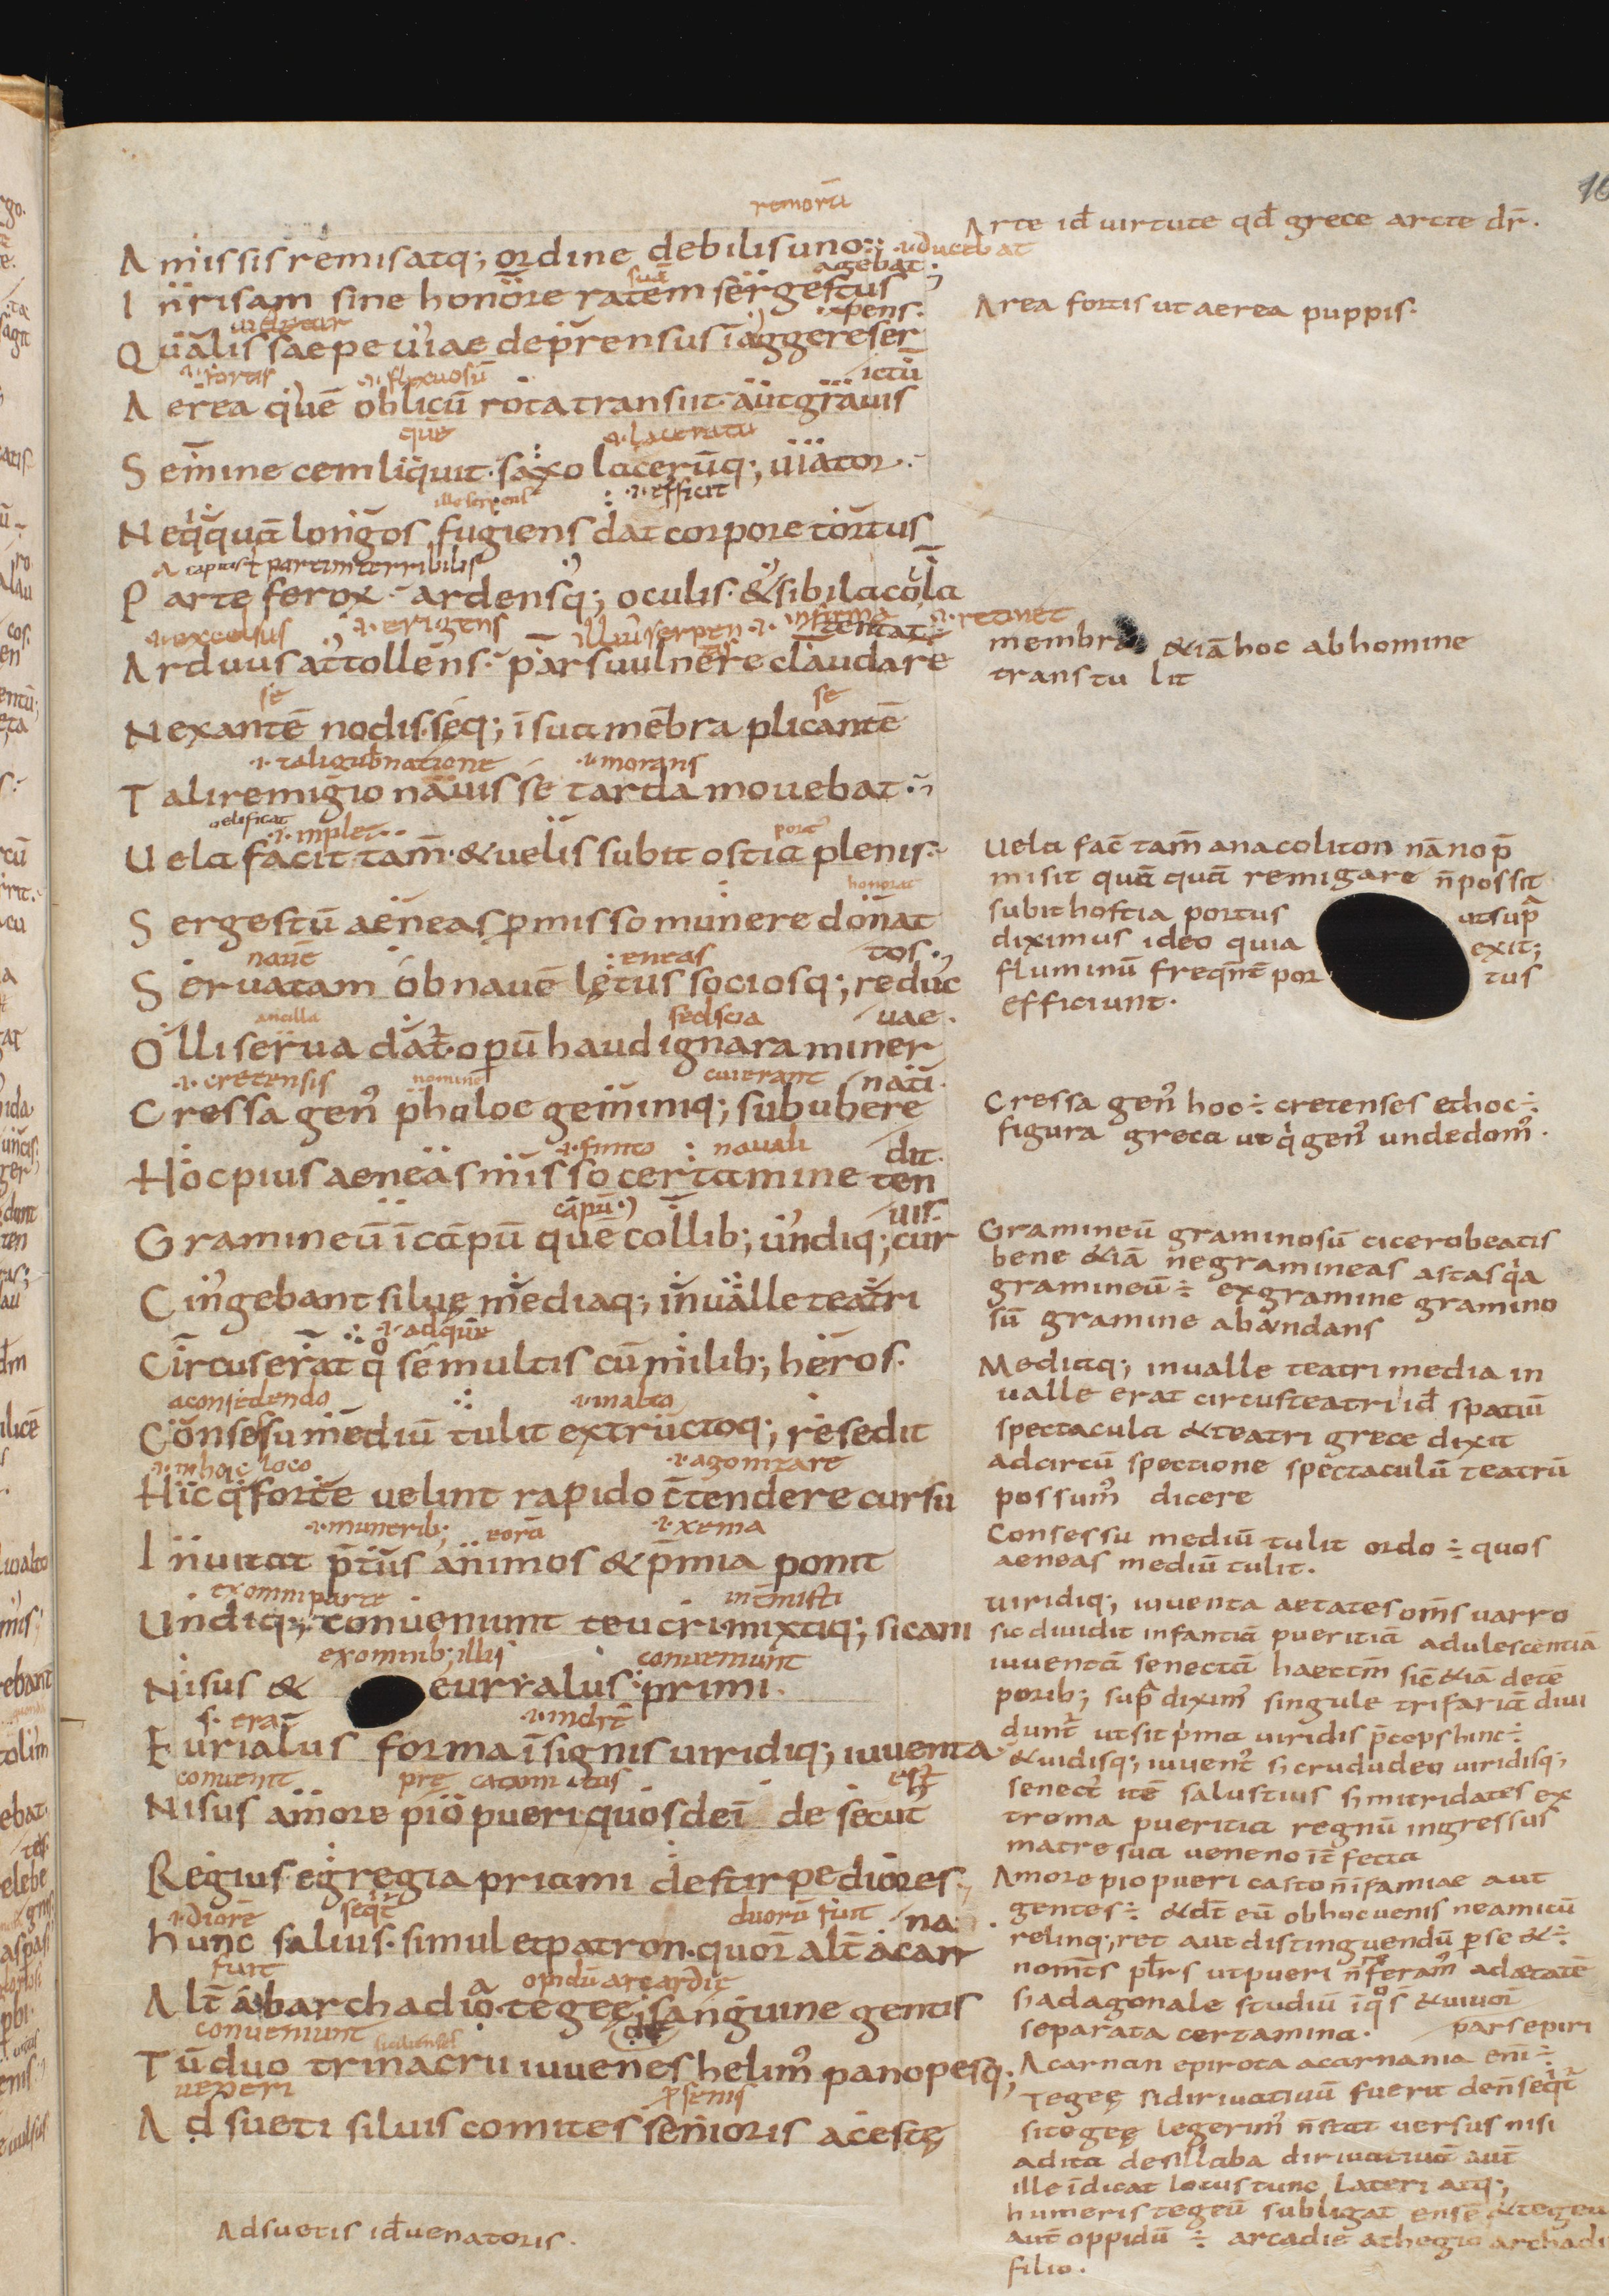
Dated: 850–999